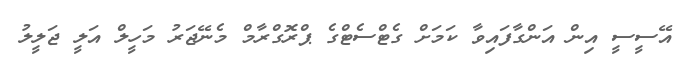
އޭސީސީ އިން އަންގާފައިވާ ކަމަށް ގެޓްސެޓްގެ ޕްރޮގްރާމް މެނޭޖަރު މަހީލް އަލީ ޖަލީލު